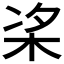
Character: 𪲁